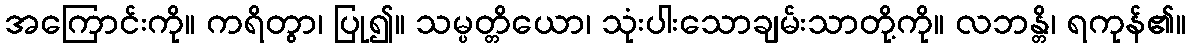
အကြောင်းကို။ ကရိတွာ၊ ပြု၍။ သမ္ပတ္တိယော၊ သုံးပါးသောချမ်းသာတို့ကို။ လဘန္တိ၊ ရကုန်၏။